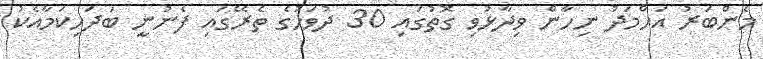
މެންބަރު އަހްމަދު ނިހާން ވިދާޅުވި ގޮތުގައި 30 ދުވަހުގެ ތެރޭގައި ފެނުނީ ބަދަހިކަމާއެކު